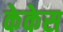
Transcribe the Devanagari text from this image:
केकेस